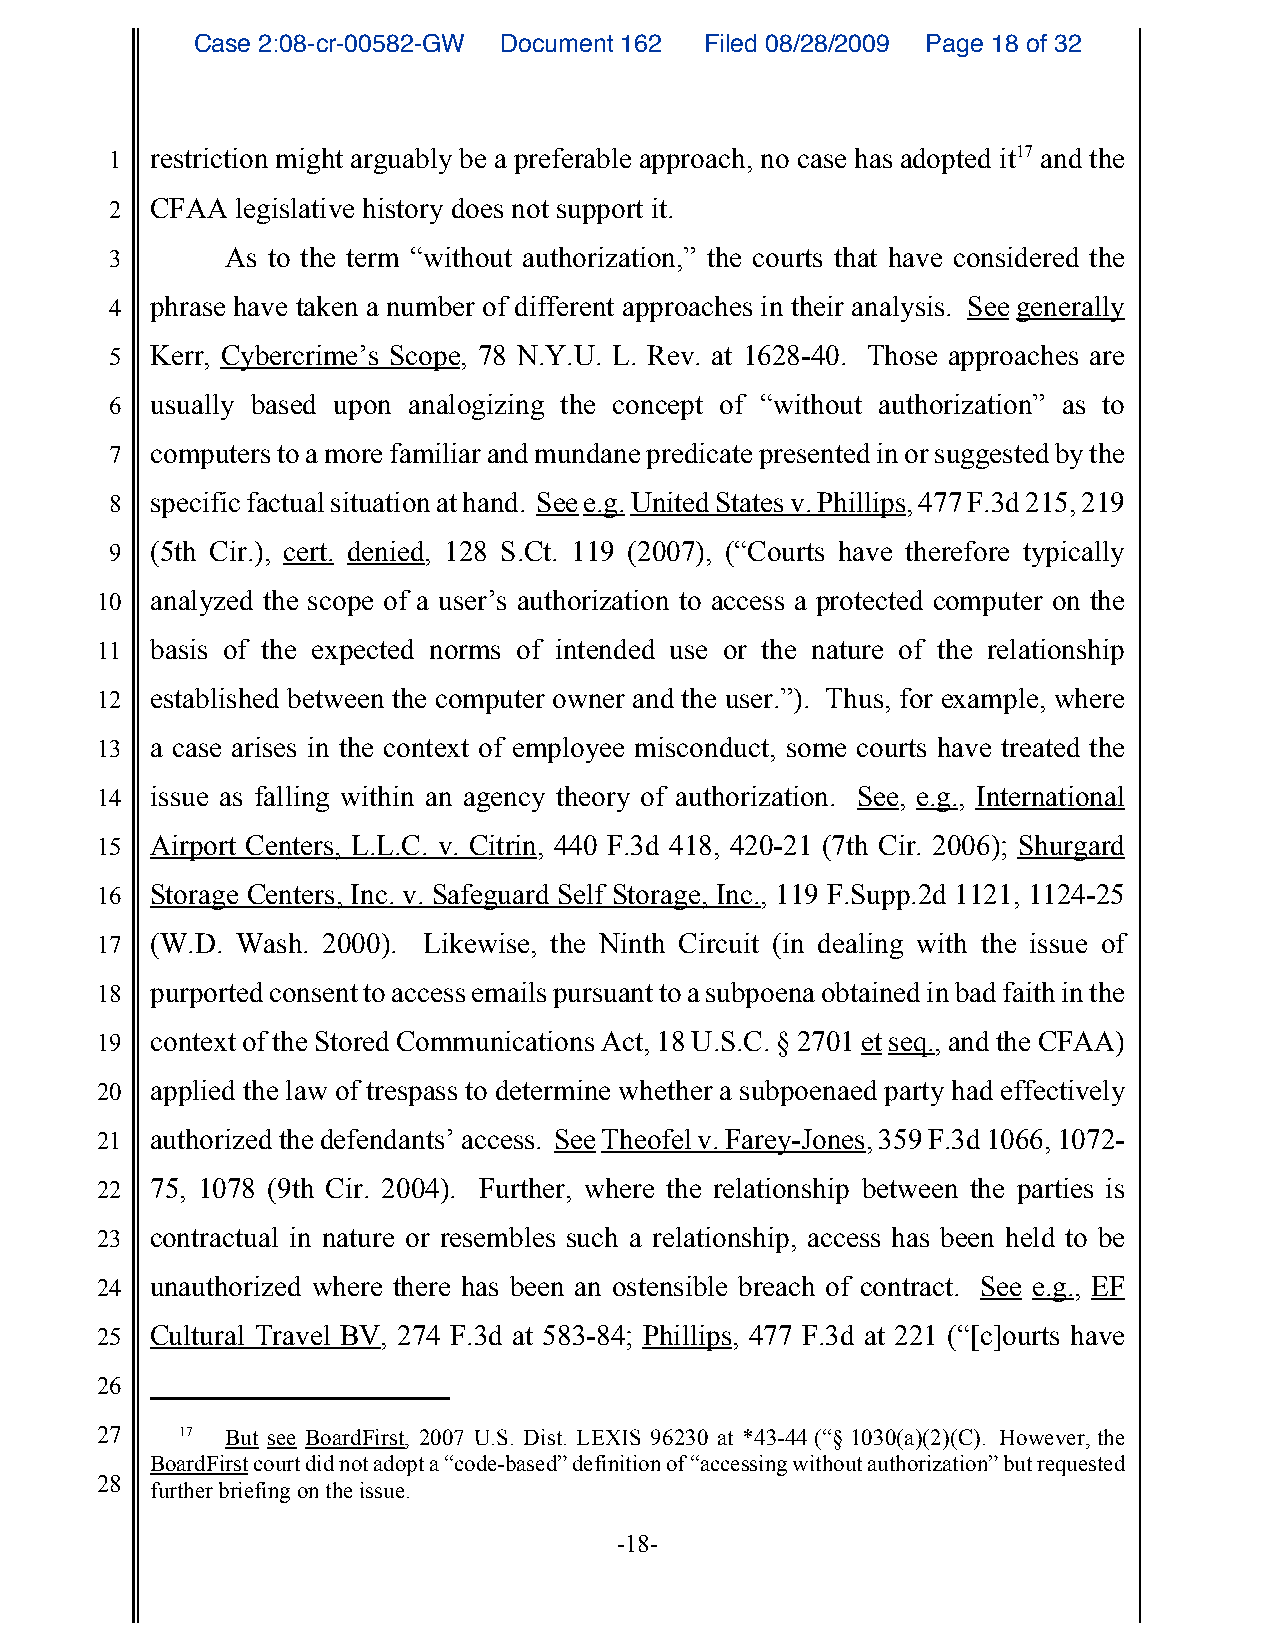
Case 2:08-cr-00582-GW Document 162 Filed 08/28/2009 Page 18 of 32
 1  restriction might arguably be a preferable approach, no case has adopted it17 and the
 2  CFAA  legislative history does not support it.
 3       As to the term “without authorization,” the courts that have considered the
 4  phrase have taken a number of different approaches in their analysis. See generally
 5  Kerr, Cybercrime’s Scope, 78 N.Y.U. L. Rev. at 1628-40. Those approaches are
 6  usually based upon analogizing the concept of “without authorization” as to
 7  computers to a more familiar and mundane predicate presented in or suggested by the
 8  specific factual situation at hand. See e.g. United States v. Phillips, 477 F.3d 215, 219
 9  (5th Cir.), cert. denied, 128 S.Ct. 119 (2007), (“Courts have therefore typically
 10  analyzed the scope of a user’s authorization to access a protected computer on the
 11  basis of the expected norms of intended use or the nature of the relationship
 12  established between the computer owner and the user.”). Thus, for example, where
 13  a case arises in the context of employee misconduct, some courts have treated the
 14  issue as falling within an agency theory of authorization. See, e.g., International
 15  Airport Centers, L.L.C. v. Citrin, 440 F.3d 418, 420-21 (7th Cir. 2006); Shurgard
 16  Storage Centers, Inc. v. Safeguard Self Storage, Inc., 119 F.Supp.2d 1121, 1124-25
 17  (W.D. Wash. 2000). Likewise, the Ninth Circuit (in dealing with the issue of
 18  purported consent to access emails pursuant to a subpoena obtained in bad faith in the
 19  context of the Stored Communications Act, 18 U.S.C. § 2701 et seq., and the CFAA)
 20  applied the law of trespass to determine whether a subpoenaed party had effectively
 21  authorized the defendants’ access. See Theofel v. Farey-Jones, 359 F.3d 1066, 1072-
 22  75, 1078 (9th Cir. 2004). Further, where the relationship between the parties is
 23  contractual in nature or resembles such a relationship, access has been held to be
 24  unauthorized where there has been an ostensible breach of contract. See e.g., EF
 25  Cultural Travel BV, 274 F.3d at 583-84; Phillips, 477 F.3d at 221 (“[c]ourts have
 26
 27    17 But see BoardFirst, 2007 U.S. Dist. LEXIS 96230 at *43-44 (“§ 1030(a)(2)(C). However, the
 BoardFirst court did not adopt a “code-based” definition of “accessing without authorization” but requested
 28
 further briefing on the issue.
 -18-